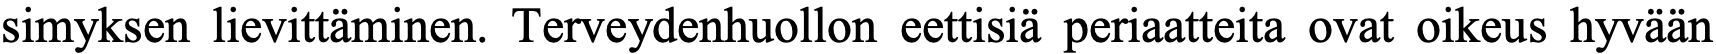
simyksen lievittäminen. Terveydenhuollon eettisiä periaatteita ovat oikeus hyvään